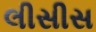
લીસીસ